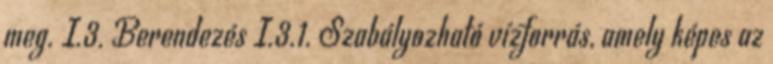
meg. I.3. Berendezés I.3.1. Szabályozható vízforrás, amely képes az